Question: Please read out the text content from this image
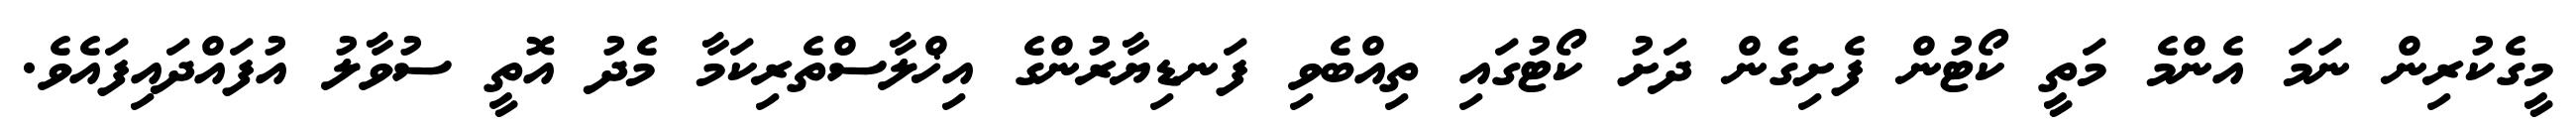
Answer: މީގެކުރިން ނަމަ އެންމެ މަތީ ކޯޓުން ފެށިގެން ދަށު ކޯޓުގައި ތިއްބެވި ފަނޑިޔާރުންގެ އިޚްލާސްތެރިކަމާ މެދު އޮތީ ސުވާލު އުފައްދައިފައެވެ.